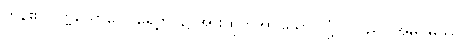
ကုန်၏။ ပုဗ္ဗယောဂေါ၊ ရှေ့ဘဝ၌ အားထုတ်အပ်သော လုံ့လသည်။ အဓိဂမဿ၊